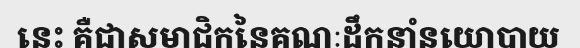
នេះ គឺជាសមាជិកនៃគណៈដឹកនាំនយោបាយ